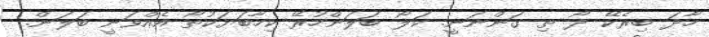
ހާދަ ބިރެކޭ ދޯ ތި ގަންނަނީ. ކަލޯ ބަލަންހުރޭ ކިހާބަޔަކުތޯ އެއްވަނީ ބަލަން.